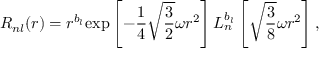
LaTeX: R _ { n l } ( r ) = r ^ { b _ { l } } \mathrm { e x p } \left[ - { \frac { 1 } { 4 } } \sqrt { \frac { 3 } { 2 } } \omega r ^ { 2 } \right] L _ { n } ^ { b _ { l } } \left[ \sqrt { \frac { 3 } { 8 } } \omega r ^ { 2 } \right] ,